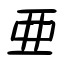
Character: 亜